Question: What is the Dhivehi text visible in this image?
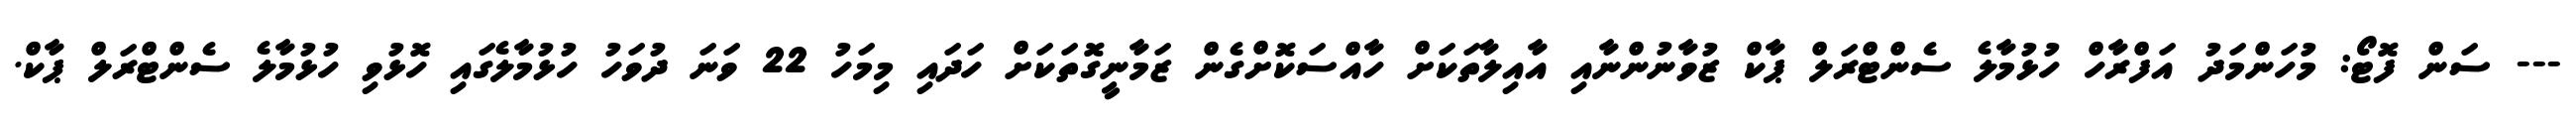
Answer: --- ސަން ފޮޓޯ: މުހަންމަދު އަފްރާހް ހުޅުމާލެ ސެންޓްރަލް ޕާކް ޒުވާނުންނާއި އާއިލާތަކަށް ހާއްސަކޮށްގެން ޒަމާނީގޮތަކަށް ހަދައި މިމަހު 22 ވަނަ ދުވަހު ހުޅުމާލެގައި ހޮޅުވި ހުޅުމާލެ ސެންޓްރަލް ޕާކް.